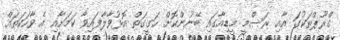
ގްރޫޕްތަކުގަ އާއި ރަސްމީ މީޑިއާގައި ބޭނުންކޮށް ހަގީގަތް އޮޅުވާލާފައިވާ ކަމަށާއި އެ ވާހަކަތައް